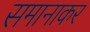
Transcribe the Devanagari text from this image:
समानाकर